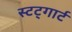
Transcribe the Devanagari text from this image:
स्टट्गार्ट